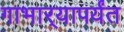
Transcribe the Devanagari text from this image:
गाभार्‍यापर्यंत